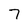
Character: 7